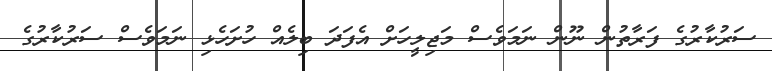
ސަރުކާރުގެ ފަރާތުން ނޫން ނަމަވެސް މަޖިލީހަށް އެފަދަ ބިލެއް ހުށަހެޅި ނަމަވެސް ސަރުކާރުގެ